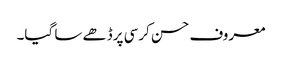
معروف حسن کرسی پرڈھے سا گیا۔